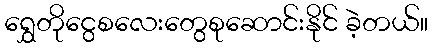
ရွှေတိုငွေစလေးတွေစုဆောင်းနိုင် ခဲ့တယ်။